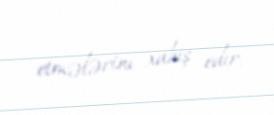
etmələrini xahiş edir.